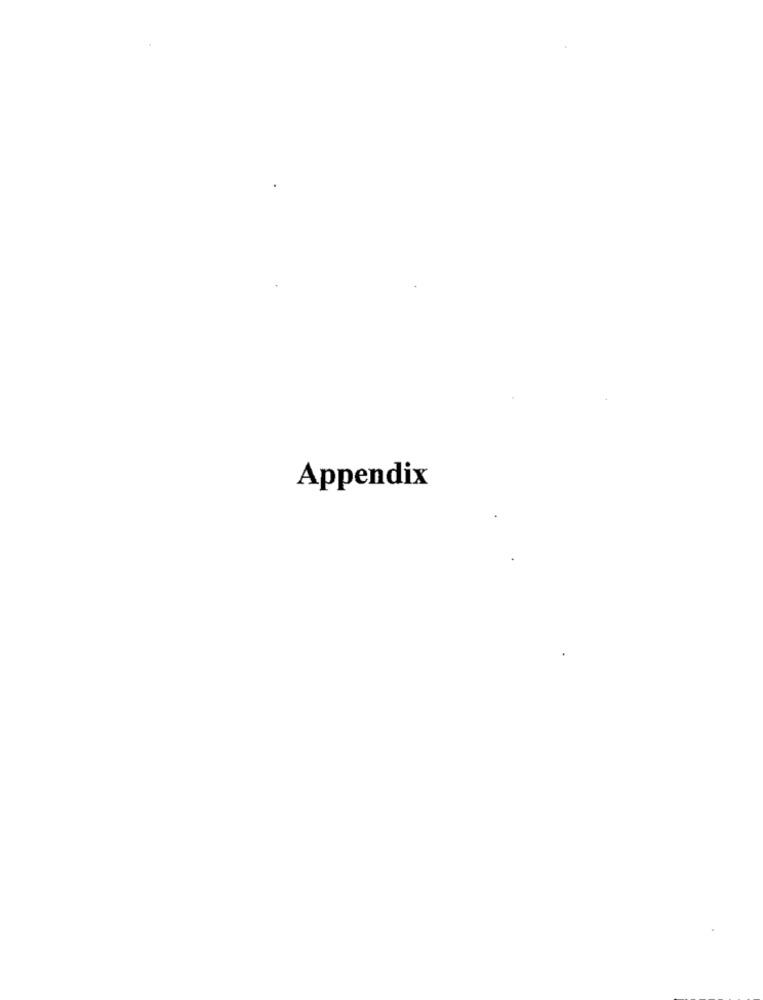
Appendix